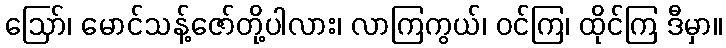
ဪ၊ မောင်သန့်ဇော်တို့ပါလား၊ လာကြကွယ်၊ ဝင်ကြ၊ ထိုင်ကြ ဒီမှာ။